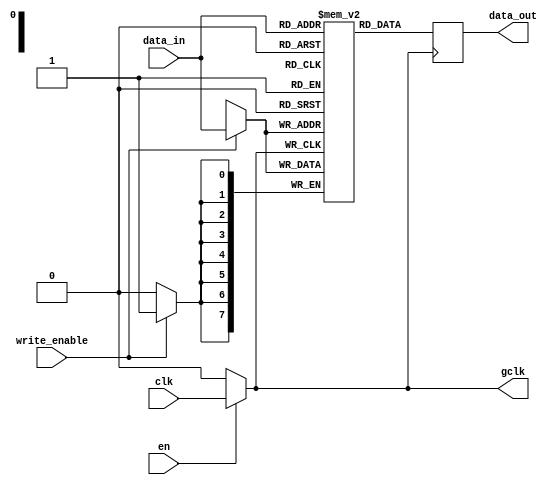
module dynamic_clock_gating (
    input wire clk,          // Primary clock signal
    input wire en,           // Enable signal for clock gating
    input wire [7:0] data_in, // Data input for memory block
    input wire write_enable,   // Write enable signal
    output reg [7:0] data_out, // Data output from memory block
    output wire gclk         // Gated clock signal
);

// Gating Logic
reg gated_clk_en; // Internal signal to control gated clock

// Generate Gated Clock Signal
assign gclk = (en) ? clk : 1'b0;

// Memory Block
reg [7:0] memory [0:255]; // Simple memory array (256 x 8 bits)

// Memory Block Operations
always @(posedge gclk) begin
    if (write_enable) begin
        // Write operation
        memory[data_in[7:0]] <= data_in; // Assuming data_in[7:0] is the address
    end
    // Read operation
    data_out <= memory[data_in[7:0]]; // Assuming data_in[7:0] is the address
end

// Control Logic for Enable Signal (Example)
always @(posedge clk) begin
    // Example control logic to dynamically adjust enable signal
    // This is a simple placeholder; actual logic would depend on system requirements
    if (write_enable || data_out != 8'b0) begin
        gated_clk_en <= 1'b1; // Enable clock gating when writing or reading
    end else begin
        gated_clk_en <= 1'b0; // Disable clock gating when idle
    end
end

endmodule